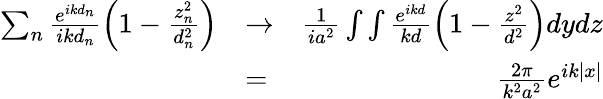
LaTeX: \begin{array}{rlr}{\sum_{n}\frac{e^{ikd_{n}}}{ikd_{n}}\left(1-\frac{z_{n}^{2}}{d_{n}^{2}}\right)}&{\to}&{\frac{1}{ia^{2}}\int\int\frac{e^{ikd}}{kd}\left(1-\frac{z^{2}}{d^{2}}\right)dydz}\\ &{=}&{\frac{2\pi}{k^{2}a^{2}}e^{ik|x|}}\end{array}